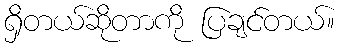
ရှိတယ်ဆိုတာကို ပြချင်တယ်။